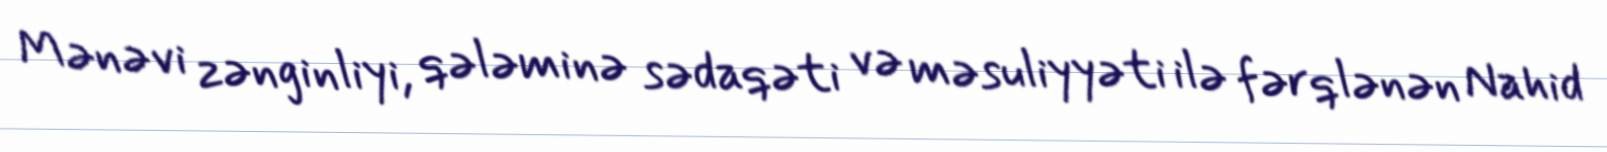
Mənəvi zənginliyi, qələminə sədaqəti və məsuliyyəti ilə fərqlənən Nahid